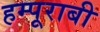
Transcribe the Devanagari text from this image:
हम्पूराबी